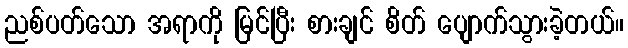
ညစ်ပတ်သော အရာကို မြင်ပြီး စားချင် စိတ် ပျောက်သွားခဲ့တယ်။